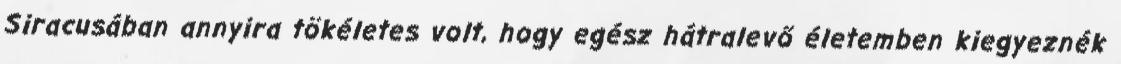
Siracusában annyira tökéletes volt, hogy egész hátralevő életemben kiegyeznék